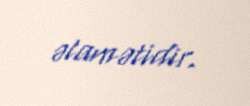
əlamətidir.